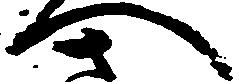
へ